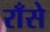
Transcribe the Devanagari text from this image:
राँसे